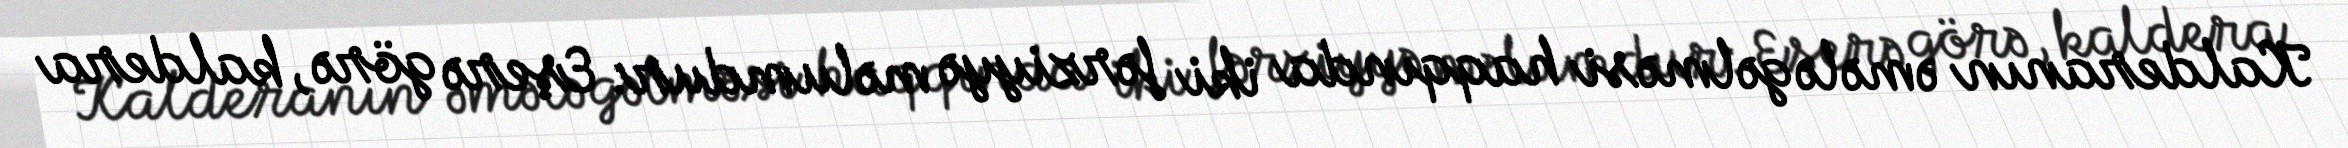
Kalderanın əmələ gəlməsi haqqında iki fərziyyə məlumdur: Eşerə görə, kaldera